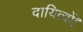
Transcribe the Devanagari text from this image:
दायित्वों।